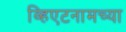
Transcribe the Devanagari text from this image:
व्हिएटनामच्या